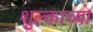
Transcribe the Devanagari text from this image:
शुल्काच्या